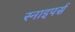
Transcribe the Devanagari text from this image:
स्नाइपर्स